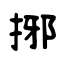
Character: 捓